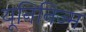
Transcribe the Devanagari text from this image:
यूनिनिज्म